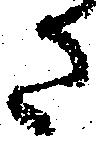
さ